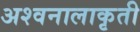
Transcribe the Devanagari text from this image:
अश्वनालाकृती